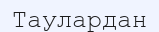
Таулардан